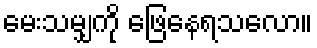
မေးသမျှကို ဖြေနေရသလော။